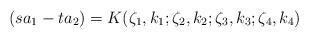
LaTeX: \begin{align*}(s a_1 - t a_2) = K(\zeta_1,k_1;\zeta_2,k_2;\zeta_3,k_3;\zeta_4,k_4)\end{align*}